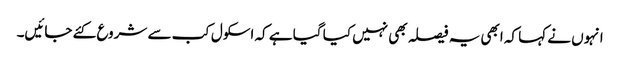
انہوں نے کہا کہ ابھی یہ فیصلہ بھی نہیں کیا گیا ہے کہ اسکول کب سے شروع کئے جائیں۔